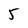
Character: 5